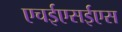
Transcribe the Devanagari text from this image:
एचईएसईएस